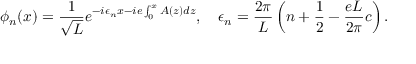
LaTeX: \phi _ { n } ( x ) = { \frac { 1 } { \sqrt L } } e ^ { - i \epsilon _ { n } x - i e \int _ { 0 } ^ { x } A ( z ) d z } , \quad \epsilon _ { n } = { \frac { 2 \pi } { L } } \left( n + { \frac { 1 } { 2 } } - { \frac { e L } { 2 \pi } } c \right) .